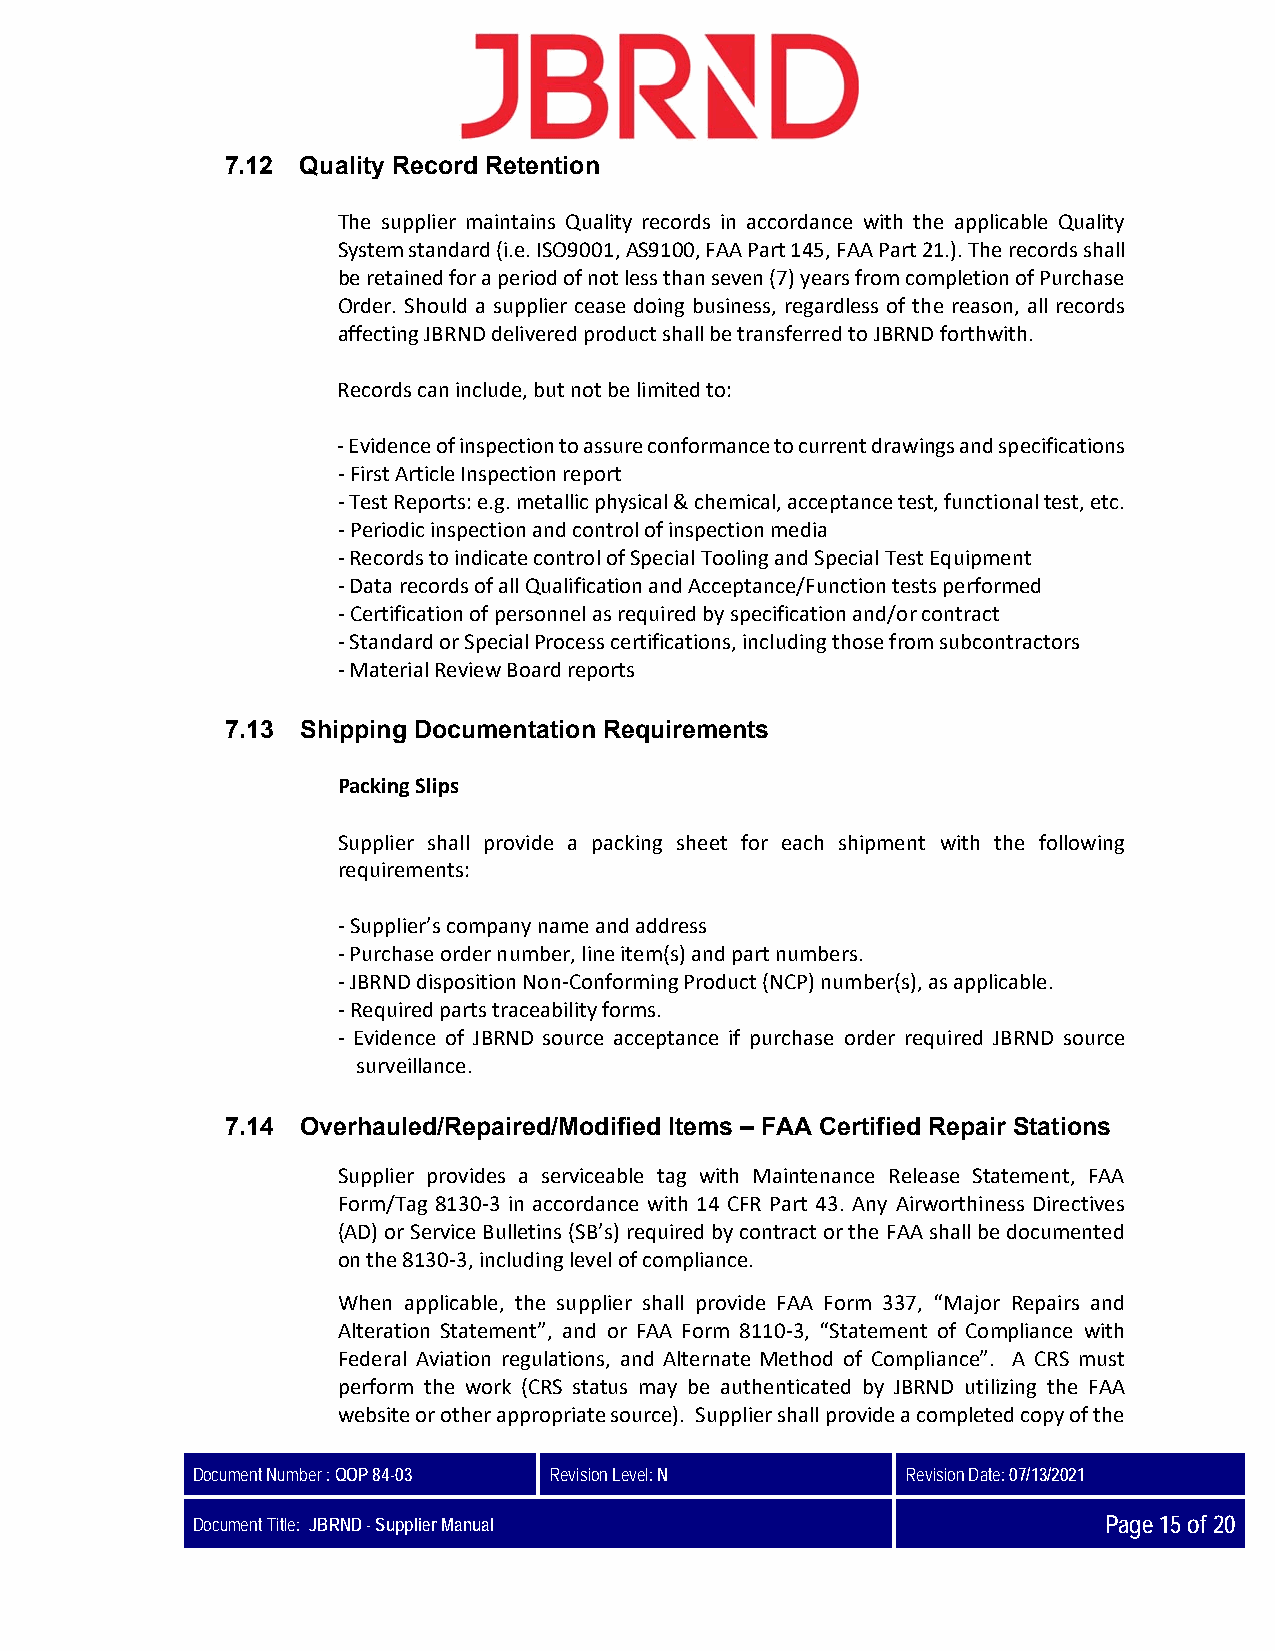
7.12 Quality Record Retention
 The supplier maintains Quality records in accordance with the applicable Quality
 System standard (i.e. ISO9001, AS9100, FAA Part 145, FAA Part 21.). The records shall
 be retained for a period of not less than seven (7) years from completion of Purchase
 Order. Should a supplier cease doing business, regardless of the reason, all records
 affecting JBRND delivered product shall be transferred to JBRND forthwith.
 Records can include, but not be limited to:
 ‐ Evidence of inspection to assure conformance to current drawings and specifications
 ‐ First Article Inspection report
 ‐ Test Reports: e.g. metallic physical & chemical, acceptance test, functional test, etc.
 ‐ Periodic inspection and control of inspection media
 ‐ Records to indicate control of Special Tooling and Special Test Equipment
 ‐ Data records of all Qualification and Acceptance/Function tests performed
 ‐ Certification of personnel as required by specification and/or contract
 ‐ Standard or Special Process certifications, including those from subcontractors
 ‐ Material Review Board reports
 7.13 Shipping Documentation Requirements
 Packing Slips
 Supplier shall provide a packing sheet for each shipment with the following
 requirements:
 ‐ Supplier’s company name and address
 ‐ Purchase order number, line item(s) and part numbers.
 ‐ JBRND disposition Non‐Conforming Product (NCP) number(s), as applicable.
 ‐ Required parts traceability forms.
 ‐ Evidence of JBRND source acceptance if purchase order required JBRND source
 surveillance.
 7.14 Overhauled/Repaired/Modified Items – FAA Certified Repair Stations
 Supplier provides a serviceable tag with Maintenance Release Statement, FAA
 Form/Tag 8130‐3 in accordance with 14 CFR Part 43. Any Airworthiness Directives
 (AD) or Service Bulletins (SB’s) required by contract or the FAA shall be documented
 on the 8130‐3, including level of compliance.
 When applicable, the supplier shall provide FAA Form 337, “Major Repairs and
 Alteration Statement”, and or FAA Form 8110‐3, “Statement of Compliance with
 Federal Aviation regulations, and Alternate Method of Compliance”. A CRS must
 perform the work (CRS status may be authenticated by JBRND utilizing the FAA
 website or other appropriate source). Supplier shall provide a completed copy of the
 Document Number : QOP 84-03 Revision Level: N  Revision Date: 07/13/2021
 Document Title: JBRND - Supplier Manual                     Page 15 of 20